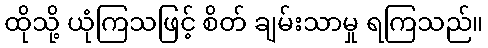
ထိုသို့ ယုံကြသဖြင့် စိတ် ချမ်းသာမှု ရကြသည်။